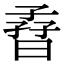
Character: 孴